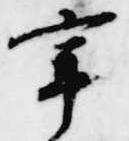
宰